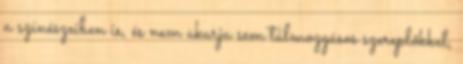
a színészeiben is, és nem akarja sem túlmozgásos szereplőkkel,